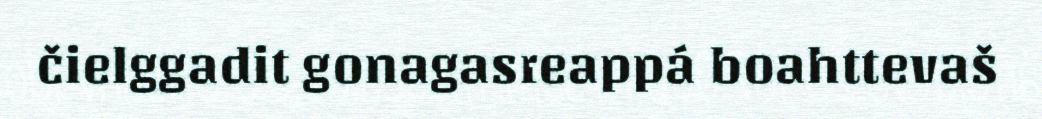
čielggadit gonagasreappá boahttevaš